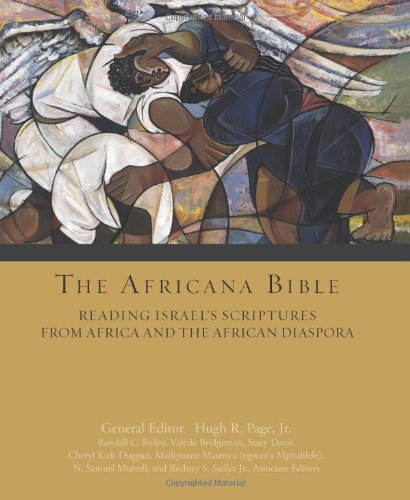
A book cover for The Africana Bible: Reading Israel's Scriptures from Africa and the African Diaspora; Christian Books & Bibles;